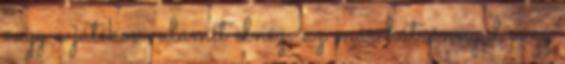
vagy a játékos valamit elnéz, az már hátránnyal vagy